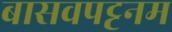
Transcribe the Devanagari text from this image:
बासवपट्टनम